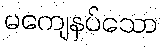
မကျေနပ်သော